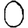
Digit: 0